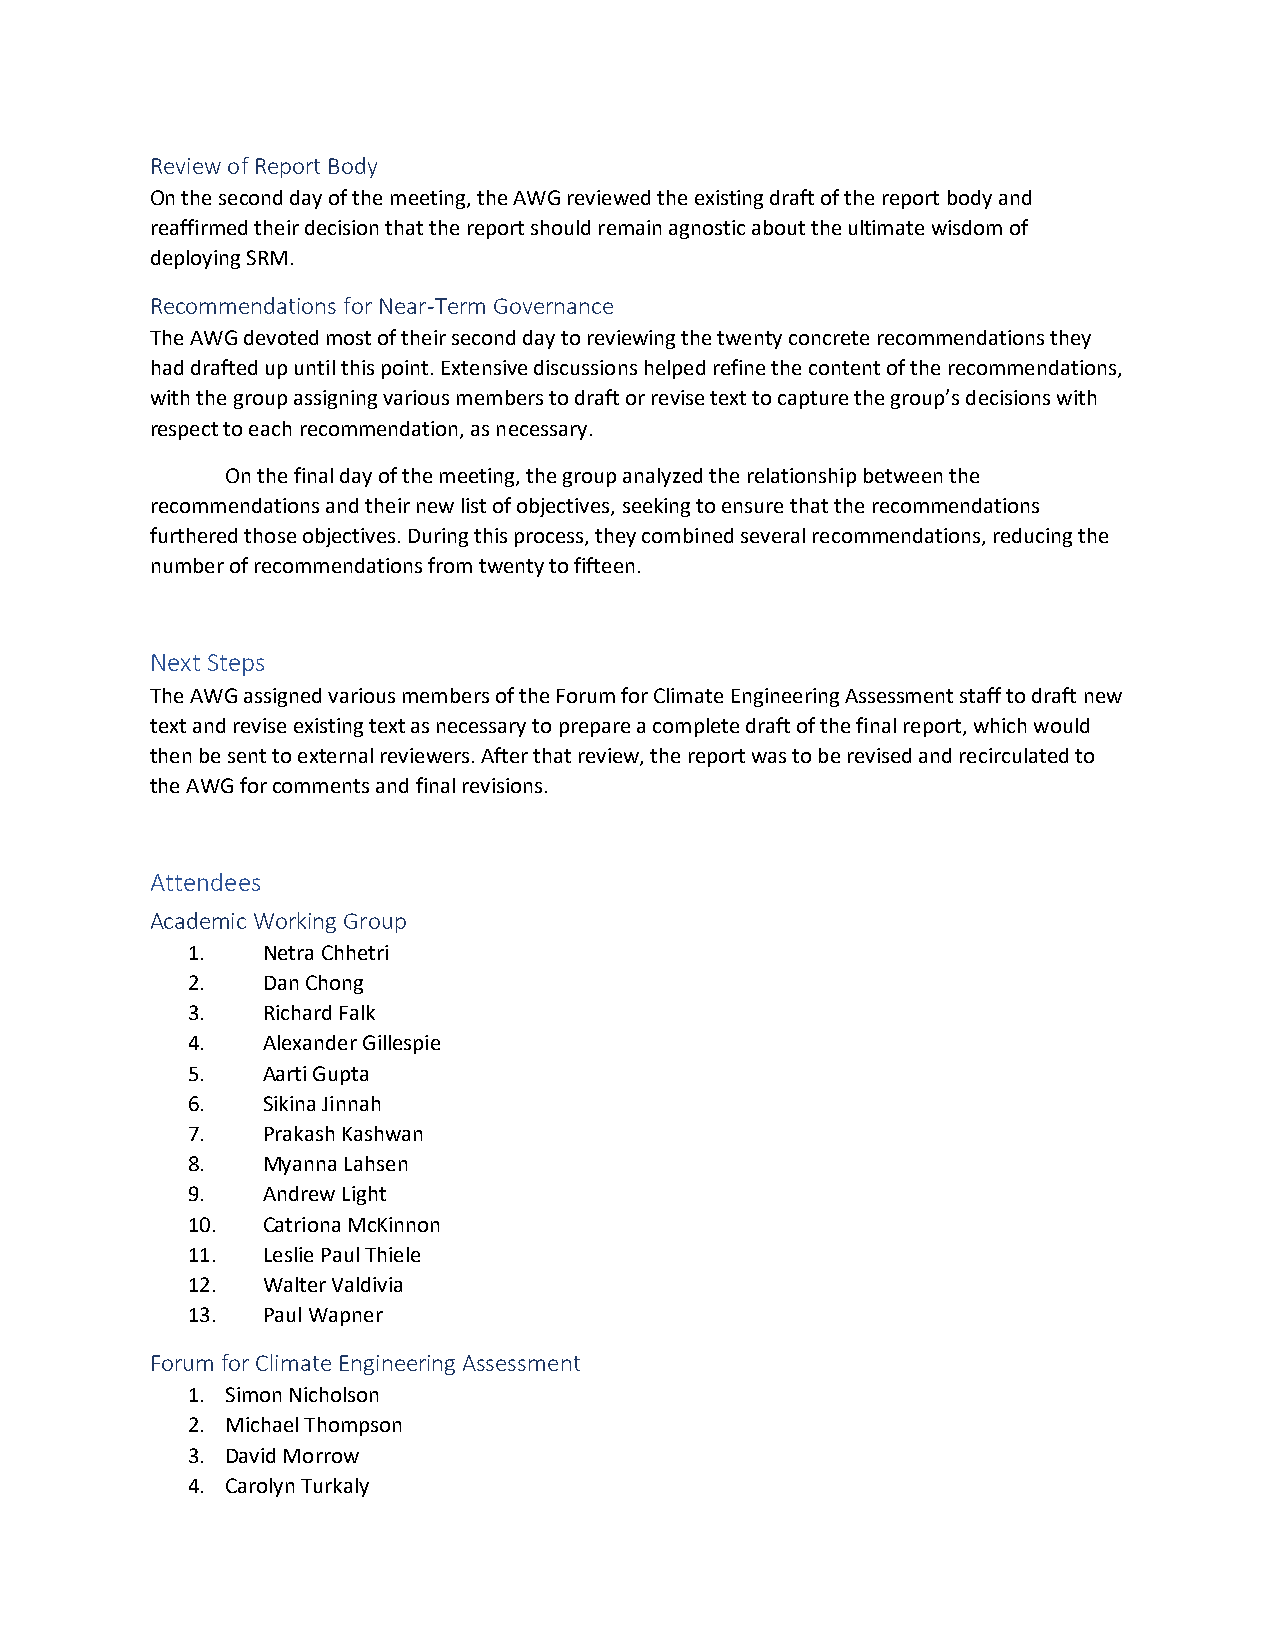
Review of Report Body
 On the second day of the meeting, the AWG reviewed the existing draft of the report body and
 reaffirmed their decision that the report should remain agnostic about the ultimate wisdom of
 deploying SRM.
 Recommendations for Near-Term Governance
 The AWG devoted most of their second day to reviewing the twenty concrete recommendations they
 had drafted up until this point. Extensive discussions helped refine the content of the recommendations,
 with the group assigning various members to draft or revise text to capture the group’s decisions with
 respect to each recommendation, as necessary.
 On the final day of the meeting, the group analyzed the relationship between the
 recommendations and their new list of objectives, seeking to ensure that the recommendations
 furthered those objectives. During this process, they combined several recommendations, reducing the
 number of recommendations from twenty to fifteen.
 Next Steps
 The AWG assigned various members of the Forum for Climate Engineering Assessment staff to draft new
 text and revise existing text as necessary to prepare a complete draft of the final report, which would
 then be sent to external reviewers. After that review, the report was to be revised and recirculated to
 the AWG for comments and final revisions.
 Attendees
 Academic Working Group
 1.   Netra Chhetri
 2.   Dan Chong
 3.   Richard Falk
 4.   Alexander Gillespie
 5.   Aarti Gupta
 6.   Sikina Jinnah
 7.   Prakash Kashwan
 8.   Myanna Lahsen
 9.   Andrew Light
 10.  Catriona McKinnon
 11.  Leslie Paul Thiele
 12.  Walter Valdivia
 13.  Paul Wapner
 Forum for Climate Engineering Assessment
 1. Simon Nicholson
 2. Michael Thompson
 3. David Morrow
 4. Carolyn Turkaly